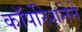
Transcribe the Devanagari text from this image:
कॉर्पोरेशनेने